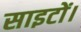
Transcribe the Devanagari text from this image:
साइटों।